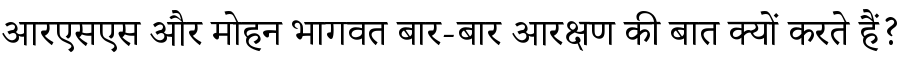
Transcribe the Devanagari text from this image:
आरएसएस और मोहन भागवत बार-बार आरक्षण की बात क्यों करते हैं?